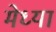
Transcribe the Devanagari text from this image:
मेध्या